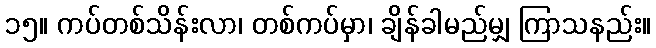
၁၅။ ကပ်တစ်သိန်းလာ၊ တစ်ကပ်မှာ၊ ချိန်ခါမည်မျှ ကြာသနည်း။